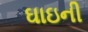
ઘાઇની